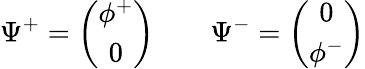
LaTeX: \Psi^{+}=\left(\begin{array}{c}{{\phi^{+}}}\\ {{0}}\end{array}\right)\qquad\Psi^{-}=\left(\begin{array}{c}{{0}}\\ {{\phi^{-}}}\end{array}\right)